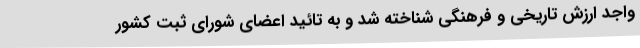
واجد ارزش تاریخی و فرهنگی شناخته شد و به تائید اعضای شورای ثبت کشور